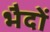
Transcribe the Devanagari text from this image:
भैदों